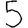
Digit: 5